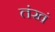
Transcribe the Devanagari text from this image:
तंखं